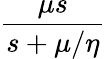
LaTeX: \frac{\displaystyle\mu s}{\displaystyle s+\mu/\eta}